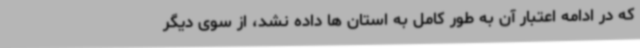
که در ادامه اعتبار آن به طور کامل به استان ها داده نشد، از سوی دیگر